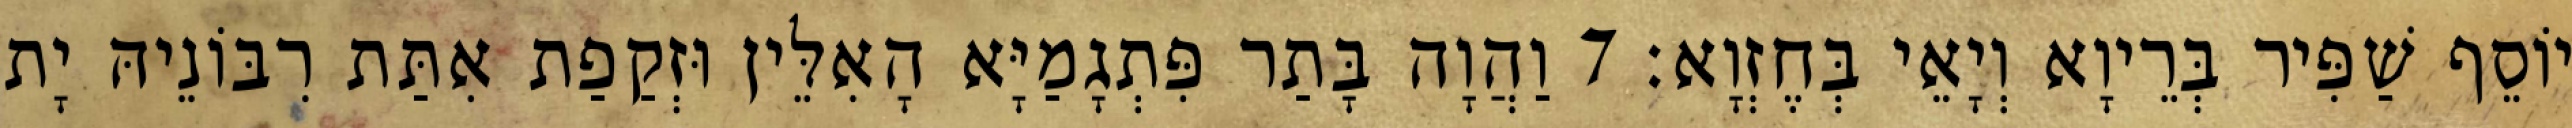
יוֹסֵף שַׁפִּיר בְּרֵיוָא וְיָאֵי בְּחֶזְוָא׃ 7 וַהֲוָה בָּתַר פִּתְגָמַיָּא הָאִלֵּין וּזְקַפַת אִתַּת רִבּוֹנֵיהּ יָת